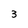
Character: 3